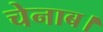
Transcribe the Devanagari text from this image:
चेनाब।